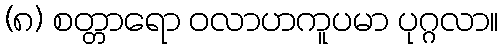
(၈) စတ္တာရော ဝလာဟကူပမာ ပုဂ္ဂလာ။